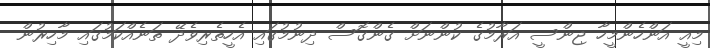
މިއީ އަންހެންމީހާ ޖިންސީ އަރާމުގެ ކުންނަށް ގެންގޮސް ދިނުމުގައި އެހީތެރިވެދޭ ތަނެއްކަމުގައި މާހިރުން